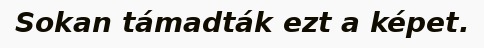
Sokan támadták ezt a képet.